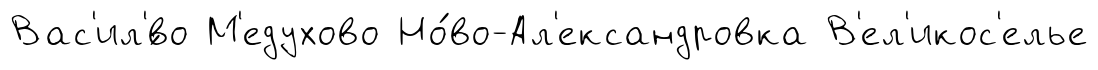
Вас'ил'́во М'едухово Но́во-Ал'ександровка В'ел'икос'елье